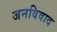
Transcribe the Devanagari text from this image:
जनविवाद